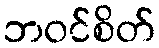
ဘဝင်စိတ်